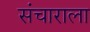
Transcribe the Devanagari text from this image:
संचाराला